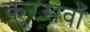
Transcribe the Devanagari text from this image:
कुरसवाँ